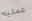
عمليه